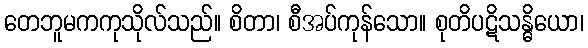
တေဘူမကကုသိုလ်သည်။ စိတာ၊ စီအပ်ကုန်သော။ စုတိပဋိသန္ဓိယော၊